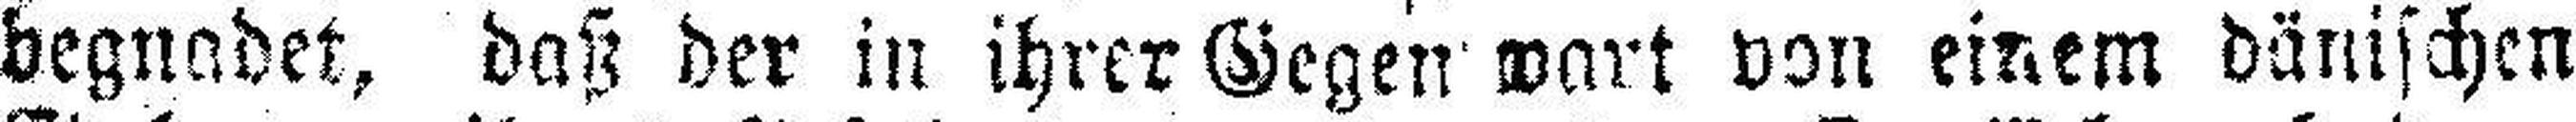
begnadet, daß der in ihrer Gegen wart von einem dänischen